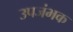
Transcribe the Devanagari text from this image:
उपजंभक